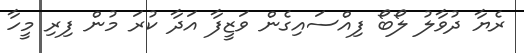
ރެޔާ ދުވާލު ލޯބޯ ފިއްސައިގެން ވަޒީފާ އަދާ ކުރަ މުން ފިރި މީހާ